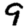
Digit: 9